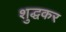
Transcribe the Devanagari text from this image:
शुद्धकर